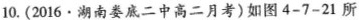
10.(2016·湖南娄底二中高二月考)如图4-7-21所